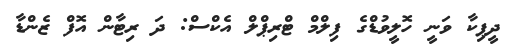
ދީޕިކާ ވަނީ ހޮލީވުޑްގެ ފިލްމް ޓްރިޕްލް އެކްސް: ދަ ރިޓާން އޮފް ޒެންޑާ